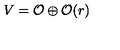
V = { \cal { O } } \oplus { \cal { O } } ( r )